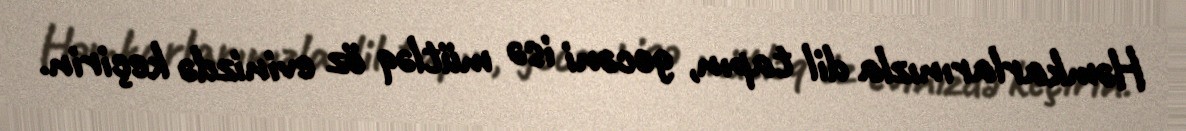
Həmkarlarınızla dil tapın, gecəni isə mütləq öz evinizdə keçirin.